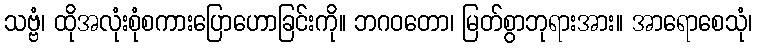
သဗ္ဗံ၊ ထိုအလုံးစုံစကားပြောဟောခြင်းကို။ ဘဂဝတော၊ မြတ်စွာဘုရားအား။ အာရောစေသုံ၊